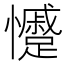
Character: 𭟣